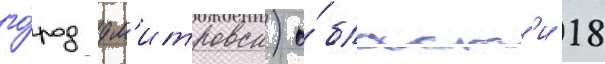
го́род дм'итровск) о́бласт'и 18